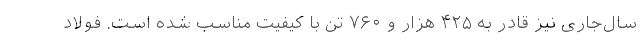
سال‌جاری نیز قادر به ۴۲۵ هزار و ۷۶۰ تن با کیفیت مناسب شده است. فولاد